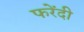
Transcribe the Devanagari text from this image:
फरेंदी